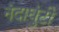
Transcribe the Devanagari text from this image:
नंदाघुंटी